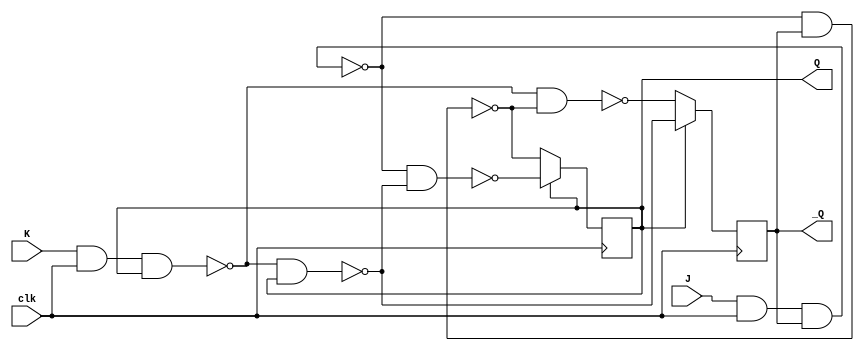
module JKFlipFlop(J,K,clk,Q,_Q);
  input J,K,clk;
  output Q, _Q;
  reg Q, _Q; //as acting as storage elements
  reg _J, _K;
  
  initial//to give some input readings for setting _J and _K
  begin
    Q = 1;
    _Q = 0;
  end 
    
  always @ (posedge clk) // as flip flop only triggers at positive edge of clk
   begin 
    _J = ~(J&clk&_Q);
    _K = ~(K&clk&Q);
    if (Q == 0) //as we need to toggle input 0 to 1 so we can toggle other from 1 to 0
    //(as we need to give input 1 and 1 to toggle to 0)
    begin
      Q = ~(_J&_Q);
      _Q = ~(_K&Q);
    end
    
    else
    begin
      _Q = ~(_K&Q);
      Q = ~(_J&_Q);
    end
  end
endmodule

/*module reg_combo_example( a, b, y);
input a, b;
output y;
reg   y;
wire a, b;

always @ ( a or b)
begin	
 y = a & b;
end

endmodule*/